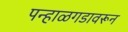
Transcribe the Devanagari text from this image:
पन्हाळगडावरून